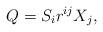
LaTeX: \begin{align*}Q=S_i { r}^{ij}{ X}_j,\end{align*}